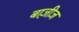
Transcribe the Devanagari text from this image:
बाज़ीज